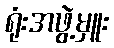
ရုံးအဖွဲ့မှူး